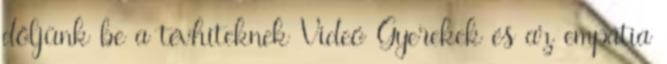
dőljünk be a tévhiteknek Videó Gyerekek és az empátia